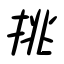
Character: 挑